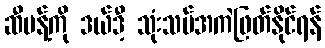
ဆီပန့်ကို ဒယ်ဒီ့ သုံးသပ်အကဲဖြတ်နိုင်ရန်